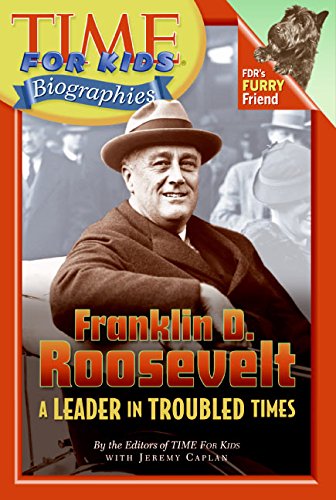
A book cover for Time For Kids: Franklin D. Roosevelt: A Leader in Troubled Times (Time for Kids Biographies); Editors of TIME For Kids; Children's Books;